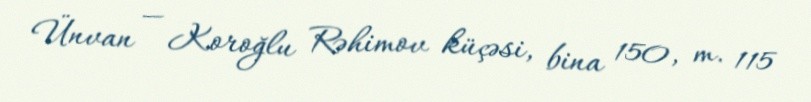
Ünvan — Koroğlu Rəhimov küçəsi, bina 150, m. 115